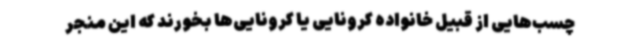
چسب‌هایی از قبیل خانواده کرونایی یا کرونایی‌ها بخورند که این منجر